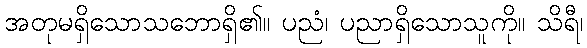
အတုမရှိသောသဘောရှိ၏။ ပညံ၊ ပညာရှိသောသူကို။ သိရီ၊